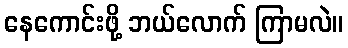
နေကောင်းဖို့ ဘယ်လောက် ကြာမလဲ။